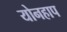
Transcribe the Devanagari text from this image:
योनहाप